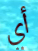
أي